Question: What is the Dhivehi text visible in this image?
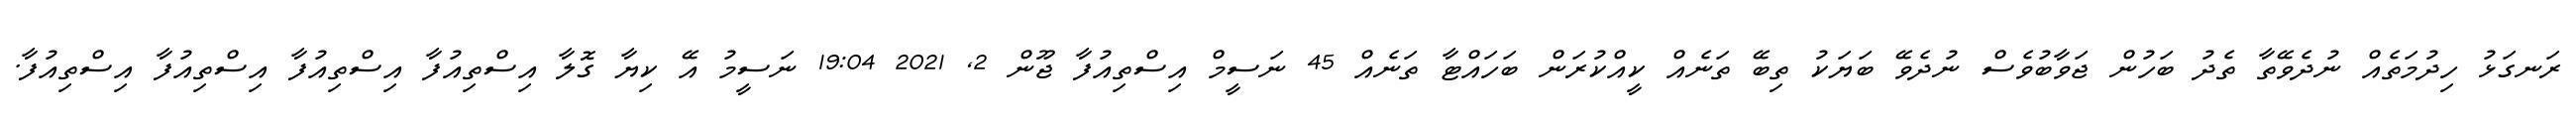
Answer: ރަނގަޅު ހިދުމަތެއް ނުދެވޭތާ ތެދު ބަހުން ޖަވާބުވެސް ނުދެވޭ ބަޔަކު ތިބޭ ތަނެއް ކީއްކުރަން ބަހައްޓާ ތަނެއް 45 ނަސީމް އިސްތިއުފާ ޖޫން 2, 2021 19:04 ނަސީމު އޭ ކިޔާ ގޮލާ އިސްތިއުފާ އިސްތިއުފާ އިސްތިއުފާ އިސްތިއުފާ.